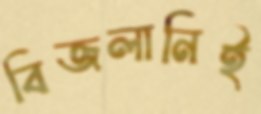
বিজলানিই